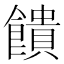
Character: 饋